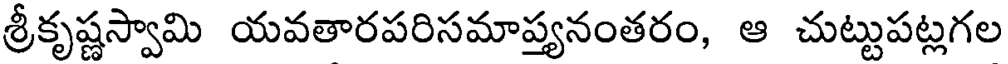
శ్రీకృష్ణస్వామి యవతారపరిసమాప్త్యనంతరం, ఆ చుట్టుపట్లగల